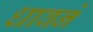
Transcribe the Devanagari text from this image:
धावने